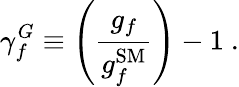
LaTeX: \gamma_{f}^{G}\equiv\left(\frac{g_{f}}{g_{f}^{\mathrm{SM}}}\right)-1~.